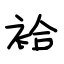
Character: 袷